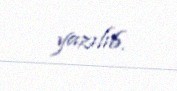
yazılıb.